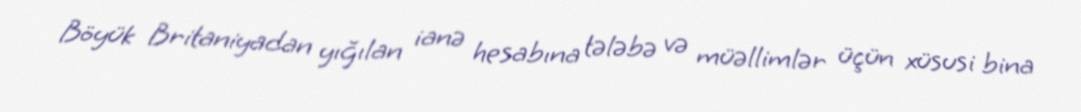
Böyük Britaniyadan yığılan ianə hesabına tələbə və müəllimlər üçün xüsusi bina